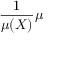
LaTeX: { \frac { 1 } { \mu ( X ) } } \mu